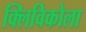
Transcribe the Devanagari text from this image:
क्लिविकोला